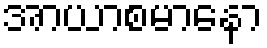
အာယာစမာနော